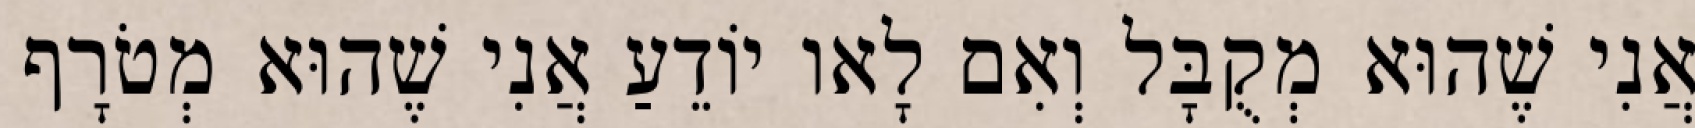
אֲנִי שֶׁהוּא מְקֻבָּל וְאִם לָאו יוֹדֵעַ אֲנִי שֶׁהוּא מְטֹרָף